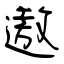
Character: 遨